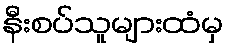
နီးစပ်သူများထံမှ